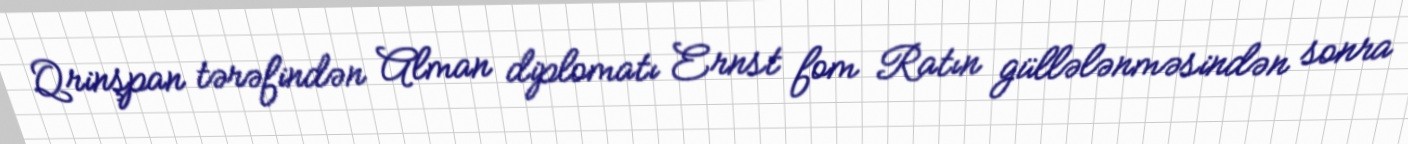
Qrinşpan tərəfindən Alman diplomatı Ernst fom Ratın güllələnməsindən sonra